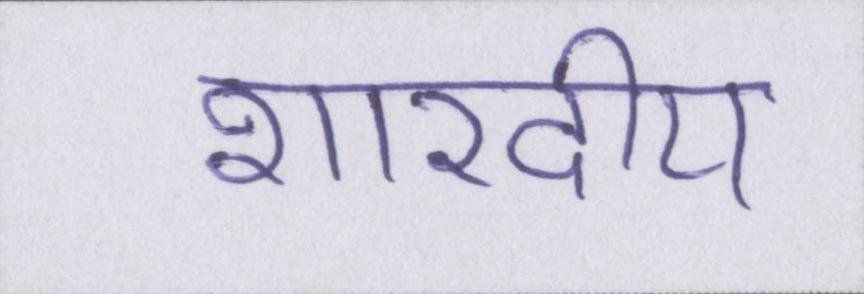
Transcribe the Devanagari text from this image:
शारदीय